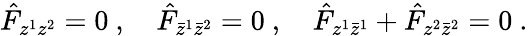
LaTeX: \hat{{F}}_{z^{1}z^{2}}=0\ ,\quad\hat{{F}}_{\bar{z}^{1}\bar{z}^{2}}=0\ ,\quad\hat{{F}}_{z^{1}\bar{z}^{1}}+\hat{{F}}_{z^{2}\bar{z}^{2}}=0\ .